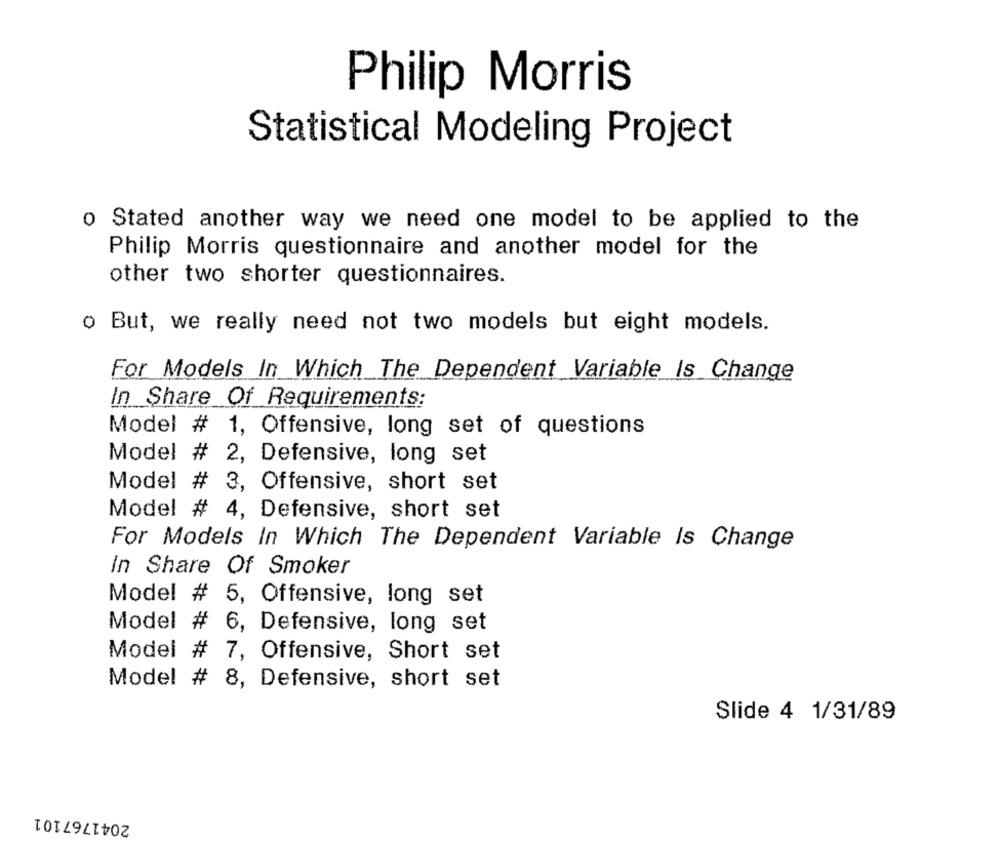
Philip Morris
Statistical Modeling Project
o Stated another way we need one model to be applied to the
Philip Morris questionnaire and another model for the
other two shorter questionnaires.
o But, we really need not two models but eight models.
For Models In Which The Dependent Variable Is Change
In Share Of Requirements:
Model # 1, Offensive, long set of questions
Model # 2, Defensive, long set
Model # 3, Offensive, short set
Model # 4, Defensive, short set
For Models In Which The Dependent Variable Is Change
In Share Of Smoker
Model # 5, Offensive, long set
Model # 6, Defensive, long set
Model # 7, Offensive, Short set
Model # 8, Defensive, short set
Slide 4 1/31/89
2041767101